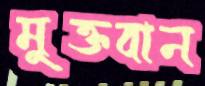
মুক্তবান